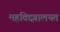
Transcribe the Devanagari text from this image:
महविद्द्यालयत